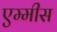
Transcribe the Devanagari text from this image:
एम्मीस